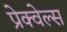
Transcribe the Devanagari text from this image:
प्रेक्वेल्स